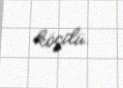
köçdü.